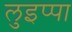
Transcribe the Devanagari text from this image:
लुइप्पा